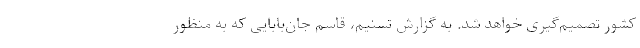
کشور تصمیم‌گیری خواهد شد. به گزارش تسنیم، ‌قاسم جان‌بابایی که به منظور